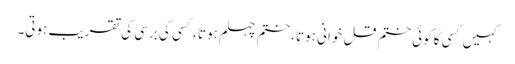
کہیں کسی کا کوئی ختم قل خوانی ہوتا ،ختم چہلم ہوتا ، کسی کی برسی کی تقریب ہوتی۔